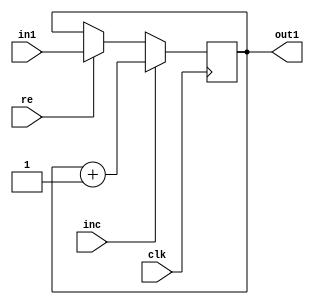
`timescale 1ns / 1ps
//////////////////////////////////////////////////////////////////////////////////
// Company: 
// Engineer: 
// 
// Design Name: 
// Module Name:    PC 
// Project Name: 
// Target Devices: 
// Tool versions: 
// Description: 
//
// Dependencies: 
//
// Revision: 
// Revision 0.01 - File Created
// Additional Comments: 
//
//////////////////////////////////////////////////////////////////////////////////
module PC(in1,out1,clk,re,inc);
	input clk,re,inc;
	input [14:0]in1;
	output [14:0]out1;
	reg [14:0]out1;
	
	initial
	begin
	out1 <= 15'b0;
	end
	
	always @(posedge clk)
    begin
		if (re)
			out1 <= in1;
		if (inc)
			out1 <= out1 + 1'b1;
	end
endmodule